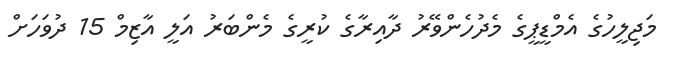
މަޖިލީހުގެ އެމްޑީޕީގެ މެދުހެންވޭރު ދާއިރާގެ ކުރީގެ މެންބަރު އަލީ އާޒިމް 15 ދުވަހަށް